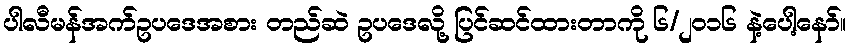
ပါလီမန်အက်ဥပဒေအစား တည်ဆဲ ဥပဒေလို့ ပြင်ဆင်ထားတာကို ၆/၂၀၁၆ နဲ့ပေါ့နော်။